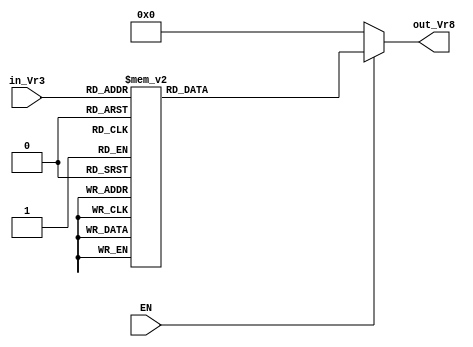
`timescale 1ns / 1ps
//////////////////////////////////////////////////////////////////////////////////
// Company: HITSZ
// 
// Design Name: 
// Module Name: Vr3to8dec
// Project Name: 
// Target Devices: 
// Tool Versions: 
// Description: 
// 
// Dependencies: 
// 
// Revision:
// Revision 0.01 - File Created
// Additional Comments:
// 
//////////////////////////////////////////////////////////////////////////////////


module Vr3to8dec(
    input EN,
    input [2:0] in_Vr3,
    output [7:0] out_Vr8
    );

    reg [7:0] out_Vr8_reg;

    always @* begin
        if (EN == 0)
            {out_Vr8_reg} = 8'b00000000;
        else
            case ({in_Vr3})
                3'b000: {out_Vr8_reg} = 8'b00000001;
                3'b001: {out_Vr8_reg} = 8'b00000010;
                3'b010: {out_Vr8_reg} = 8'b00000100;
                3'b011: {out_Vr8_reg} = 8'b00001000;
                3'b100: {out_Vr8_reg} = 8'b00010000;
                3'b101: {out_Vr8_reg} = 8'b00100000;
                3'b110: {out_Vr8_reg} = 8'b01000000;
                3'b111: {out_Vr8_reg} = 8'b10000000;
                default: {out_Vr8_reg} = 8'b00000000;
            endcase
    end

    assign out_Vr8 = out_Vr8_reg;

endmodule